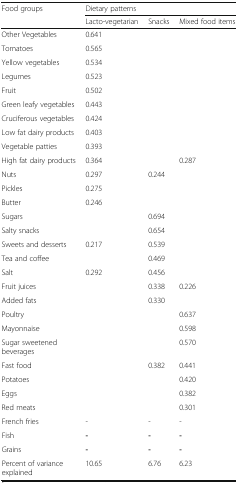
| <ROWSPAN=2> Food groups | <COLSPAN=3> Dietary patterns |
 | Lacto-vegetarian | Snacks | Mixed food items |
 | --- | --- | --- | --- |
 | Other Vegetables | 0.641 |  |  |
 | Tomatoes | 0.565 |  |  |
 | Yellow vegetables | 0.534 |  |  |
 | Legumes | 0.523 |  |  |
 | Fruit | 0.502 |  |  |
 | Green leafy vegetables | 0.443 |  |  |
 | Cruciferous vegetables | 0.424 |  |  |
 | Low fat dairy products | 0.403 |  |  |
 | Vegetable patties | 0.393 |  |  |
 | High fat dairy products | 0.364 |  | 0.287 |
 | Nuts | 0.297 | 0.244 |  |
 | Pickles | 0.275 |  |  |
 | Butter | 0.246 |  |  |
 | Sugars |  | 0.694 |  |
 | Salty snacks |  | 0.654 |  |
 | Sweets and desserts | 0.217 | 0.539 |  |
 | Tea and coffee |  | 0.469 |  |
 | Salt | 0.292 | 0.456 |  |
 | Fruit juices |  | 0.338 | 0.226 |
 | Added fats |  | 0.330 |  |
 | Poultry |  |  | 0.637 |
 | Mayonnaise |  |  | 0.598 |
 | Sugar sweetened beverages |  |  | 0.570 |
 | Fast food |  | 0.382 | 0.441 |
 | Potatoes |  |  | 0.420 |
 | Eggs |  |  | 0.382 |
 | Red meats |  |  | 0.301 |
 | French fries | - | - | - |
 | Fish | - | - | - |
 | Grains | - | - | - |
 | Percent of variance explained | 10.65 | 6.76 | 6.23 |